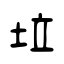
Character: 垃